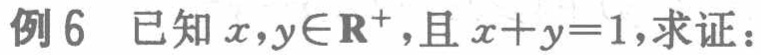
例6 已知 \(x,y\in\mathbf{R}^{+}\)，且 \(x + y = 1\)，求证：